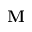
\mathbf { M }